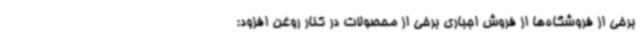
برخی از فروشگاه‌ها از فروش اجباری برخی از محصولات در کنار روغن افزود: